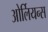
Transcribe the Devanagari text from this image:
ओर्लियन्स